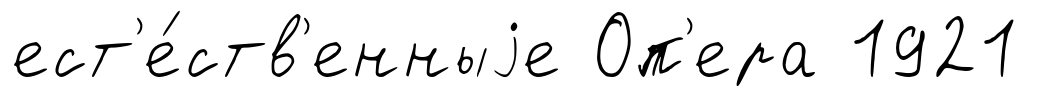
ест'е́ств'енныjе Оп'ера 1921